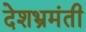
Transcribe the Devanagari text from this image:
देशभ्रमंती